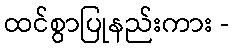
ထင်စွာပြုနည်းကား -